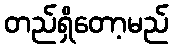
တည်ရှိတော့မည်